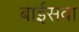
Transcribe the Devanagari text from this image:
बाईसवा